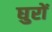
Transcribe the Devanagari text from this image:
घुरों